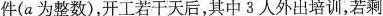
件(a为整数)，开工若干天后，其中3人外出培训，若剩